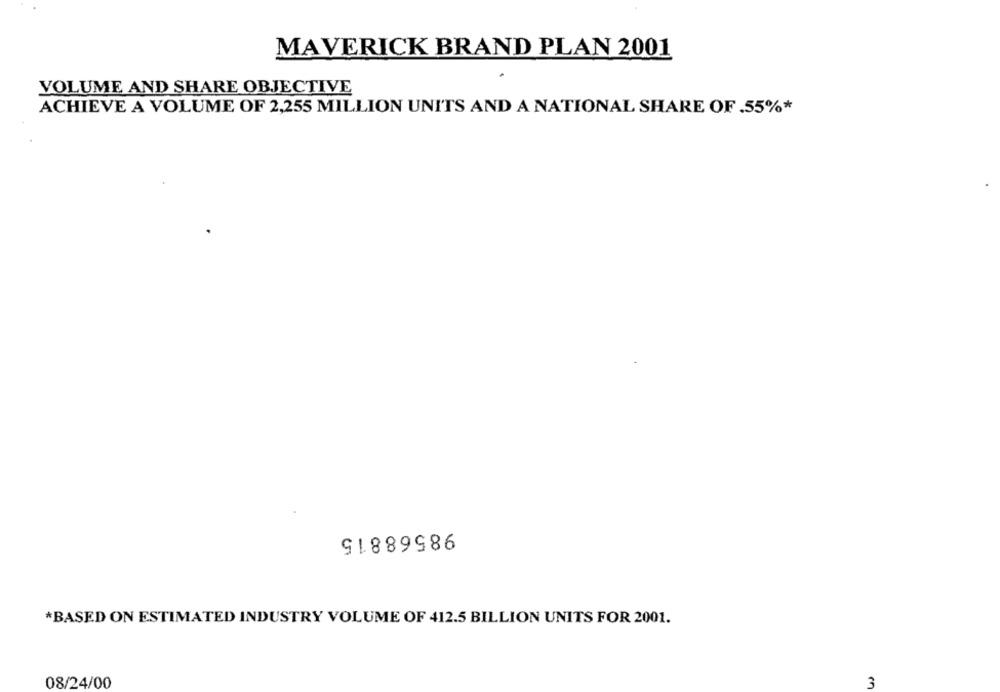
MAVERICK BRAND PLAN 2001
VOLUME AND SHARE OBJECTIVE
ACHIEVE A VOLUME OF 2,255 MILLION UNITS AND A NATIONAL SHARE OF .55%*
98568815
*BASED ON ESTIMATED INDUSTRY VOLUME OF 412.5 BILLION UNITS FOR 2001.
08/24/00
3